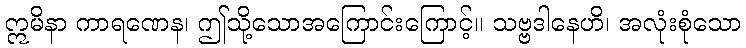
ဣမိနာ ကာရဏေန၊ ဤသို့သောအကြောင်းကြောင့်။ သဗ္ဗဒါနေဟိ၊ အလုံးစုံသော